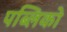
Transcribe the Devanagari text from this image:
पब्लिको